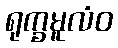
ရုက္ခမူလံဝ